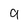
Character: g